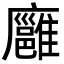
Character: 廱